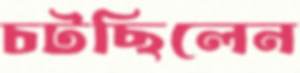
চটছিলেন